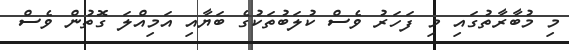
މި މުބާރާތުގައި މި ފަހަރު ވެސް ކުލަބުތަކުގެ ބަޔާއި އަމިއްލަ ގޮތުން ވެސް